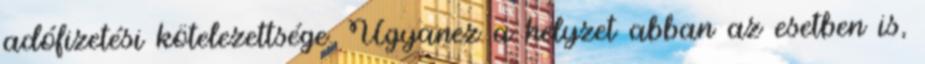
adófizetési kötelezettsége. Ugyanez a helyzet abban az esetben is,